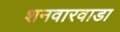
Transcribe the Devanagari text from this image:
शनवारवाडा